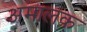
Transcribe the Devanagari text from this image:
अमालक